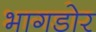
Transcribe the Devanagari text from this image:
भागडोर